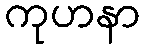
ကုဟနာ